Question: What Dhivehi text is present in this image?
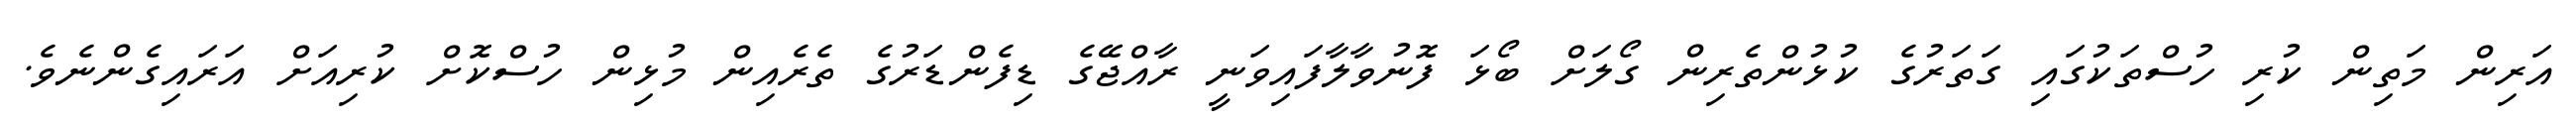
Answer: އަރިން މަތިން ކުރި ހުސްތަކުގައި ގަތަރުގެ ކުޅުންތެރިން ގޯލަށް ބޯޅަ ފޮނުވާލާފައިވަނީ ރާއްޖޭގެ ޑިފެންޑަރުގެ ތެރެއިން މުޅިން ހުސްކޮށް ކުރިއަށް އަރައިގެންނެވެ.